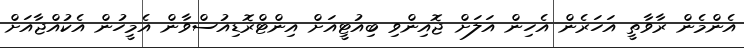
އެންމެން ރާވާތީ އަހަރެން އެހިން އަލަށް ޖޮއިންވި ބިއުޓީއަށް އިންޓްރޮޑިއުސްވާން އެމީހުން އެކުއްޖާއަށް